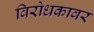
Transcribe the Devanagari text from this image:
विरोधकावर